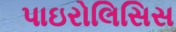
પાઇરોલિસિસ